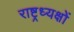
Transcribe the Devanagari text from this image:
राष्ट्रध्यक्षों